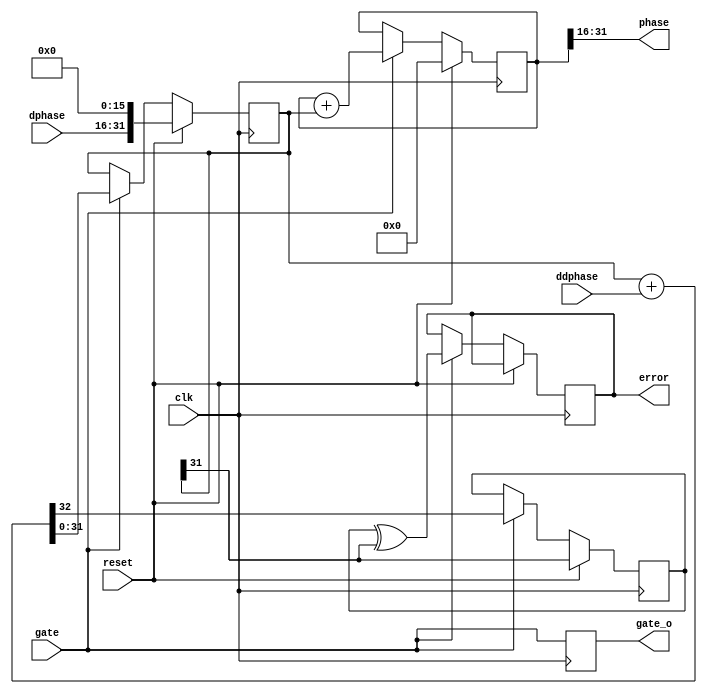
// chirp phase generator, quadratic binary NCO
//
// dphase = initial value of d phase / dt (a.k.a. frequency) at reset
// ddphase = d^2 phase / dt^2 (should be held constant during a chirp)
//
// If ddphase is not zero, you really should reset it frequently enough
// that dphase_r (the instantaneous frequency) never overflows.
// Such an overflow is detected (single-cycle) on the output error port.
// Overflows on phase are normal, just represent wrapping around 2*pi.

// Maybe a little inconsistent: the provided ddphase is used on every gate.
// but dphase is only sampled on reset.

// Since this is expected to run for many thousands of cycles, the abstract
// ddphase should be a very small number.  The dx parameter sets how many
// bits right to shift the input dw-bits-wide ddphase port, before adding it
// to dphase.  This module's internal datapath is therefore dw+dx bits wide.

// Note that dphase input parameter must be scaled by 2**DW, while
// ddphase must be scaled by 2**(DW+DX)

module parab #(
   parameter dw = 16,  // input dphase and ddphase width
   parameter dx = 16,  // internal right-shift for ddphase
   parameter ow = 16  // output phase word width
) (
   input  clk,
   input  gate,
   input  reset,

   input signed [dw-1:0] dphase,
   input signed [dw-1:0] ddphase,

   output                 gate_o,
   output signed [ow-1:0] phase,
   output error
);
   localparam aw=dw+dx;  // accumulator width

   reg signed [aw-1:0] phase_r=0;
   reg signed [aw-1:0] dphase_r=0;
   reg gate_r=0;
   reg extra, ovf=0;

   always @(posedge clk) begin
      if (reset) begin
         phase_r <= 0;
         dphase_r <= dphase << dx;
         extra <= dphase_r[aw-1];
      end else if (gate) begin
         phase_r <= phase_r + dphase_r;
         {extra, dphase_r} <= dphase_r + ddphase;
         ovf <= extra^dphase_r[aw-1];
      end
      gate_r <= gate;
   end

   assign phase  = phase_r[aw-1:aw-ow]; // Back to output width
   assign gate_o = gate_r;
   assign error  = ovf;

endmodule